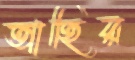
তাহির